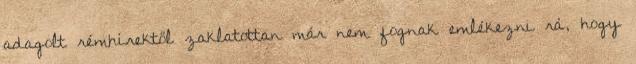
adagolt rémhírektől zaklatottan már nem fognak emlékezni rá, hogy